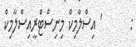
:       ' އިސްލާމިކް މިނިސްޓްރީއިސްލާމިކް